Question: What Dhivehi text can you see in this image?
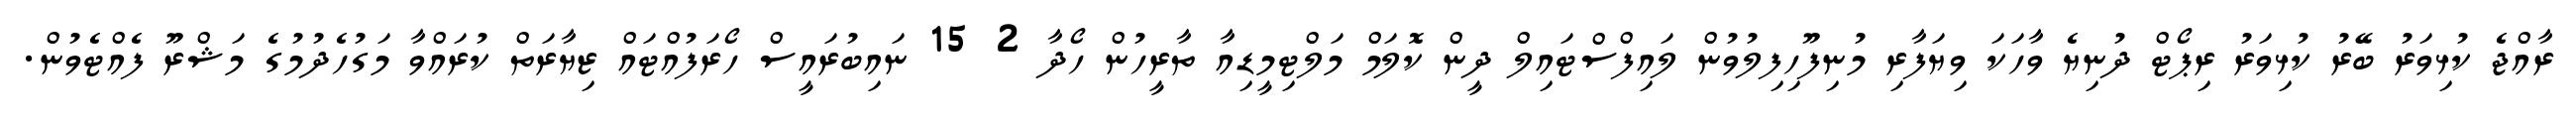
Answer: ރާއްޖެ ކުޅިވަރު ބޭރު ކުޅިވަރު ރިޕޯޓް ދުނިޔެ ވާހަކަ ވިޔަފާރި މުނިފޫހިފިލުވުން ލައިފްސްޓައިލް ދީން ކޮލަމް މަލްޓިމީޑިއާ ތާރީހުން ހޯދާ 2 15 ނައިބުރައީސް ހޯރަފުއްޓައް ޒިޔާރަތް ކުރައްވާ މަގުހެދުމުގެ މަޝްރޫ ފެއްޓެވުން.